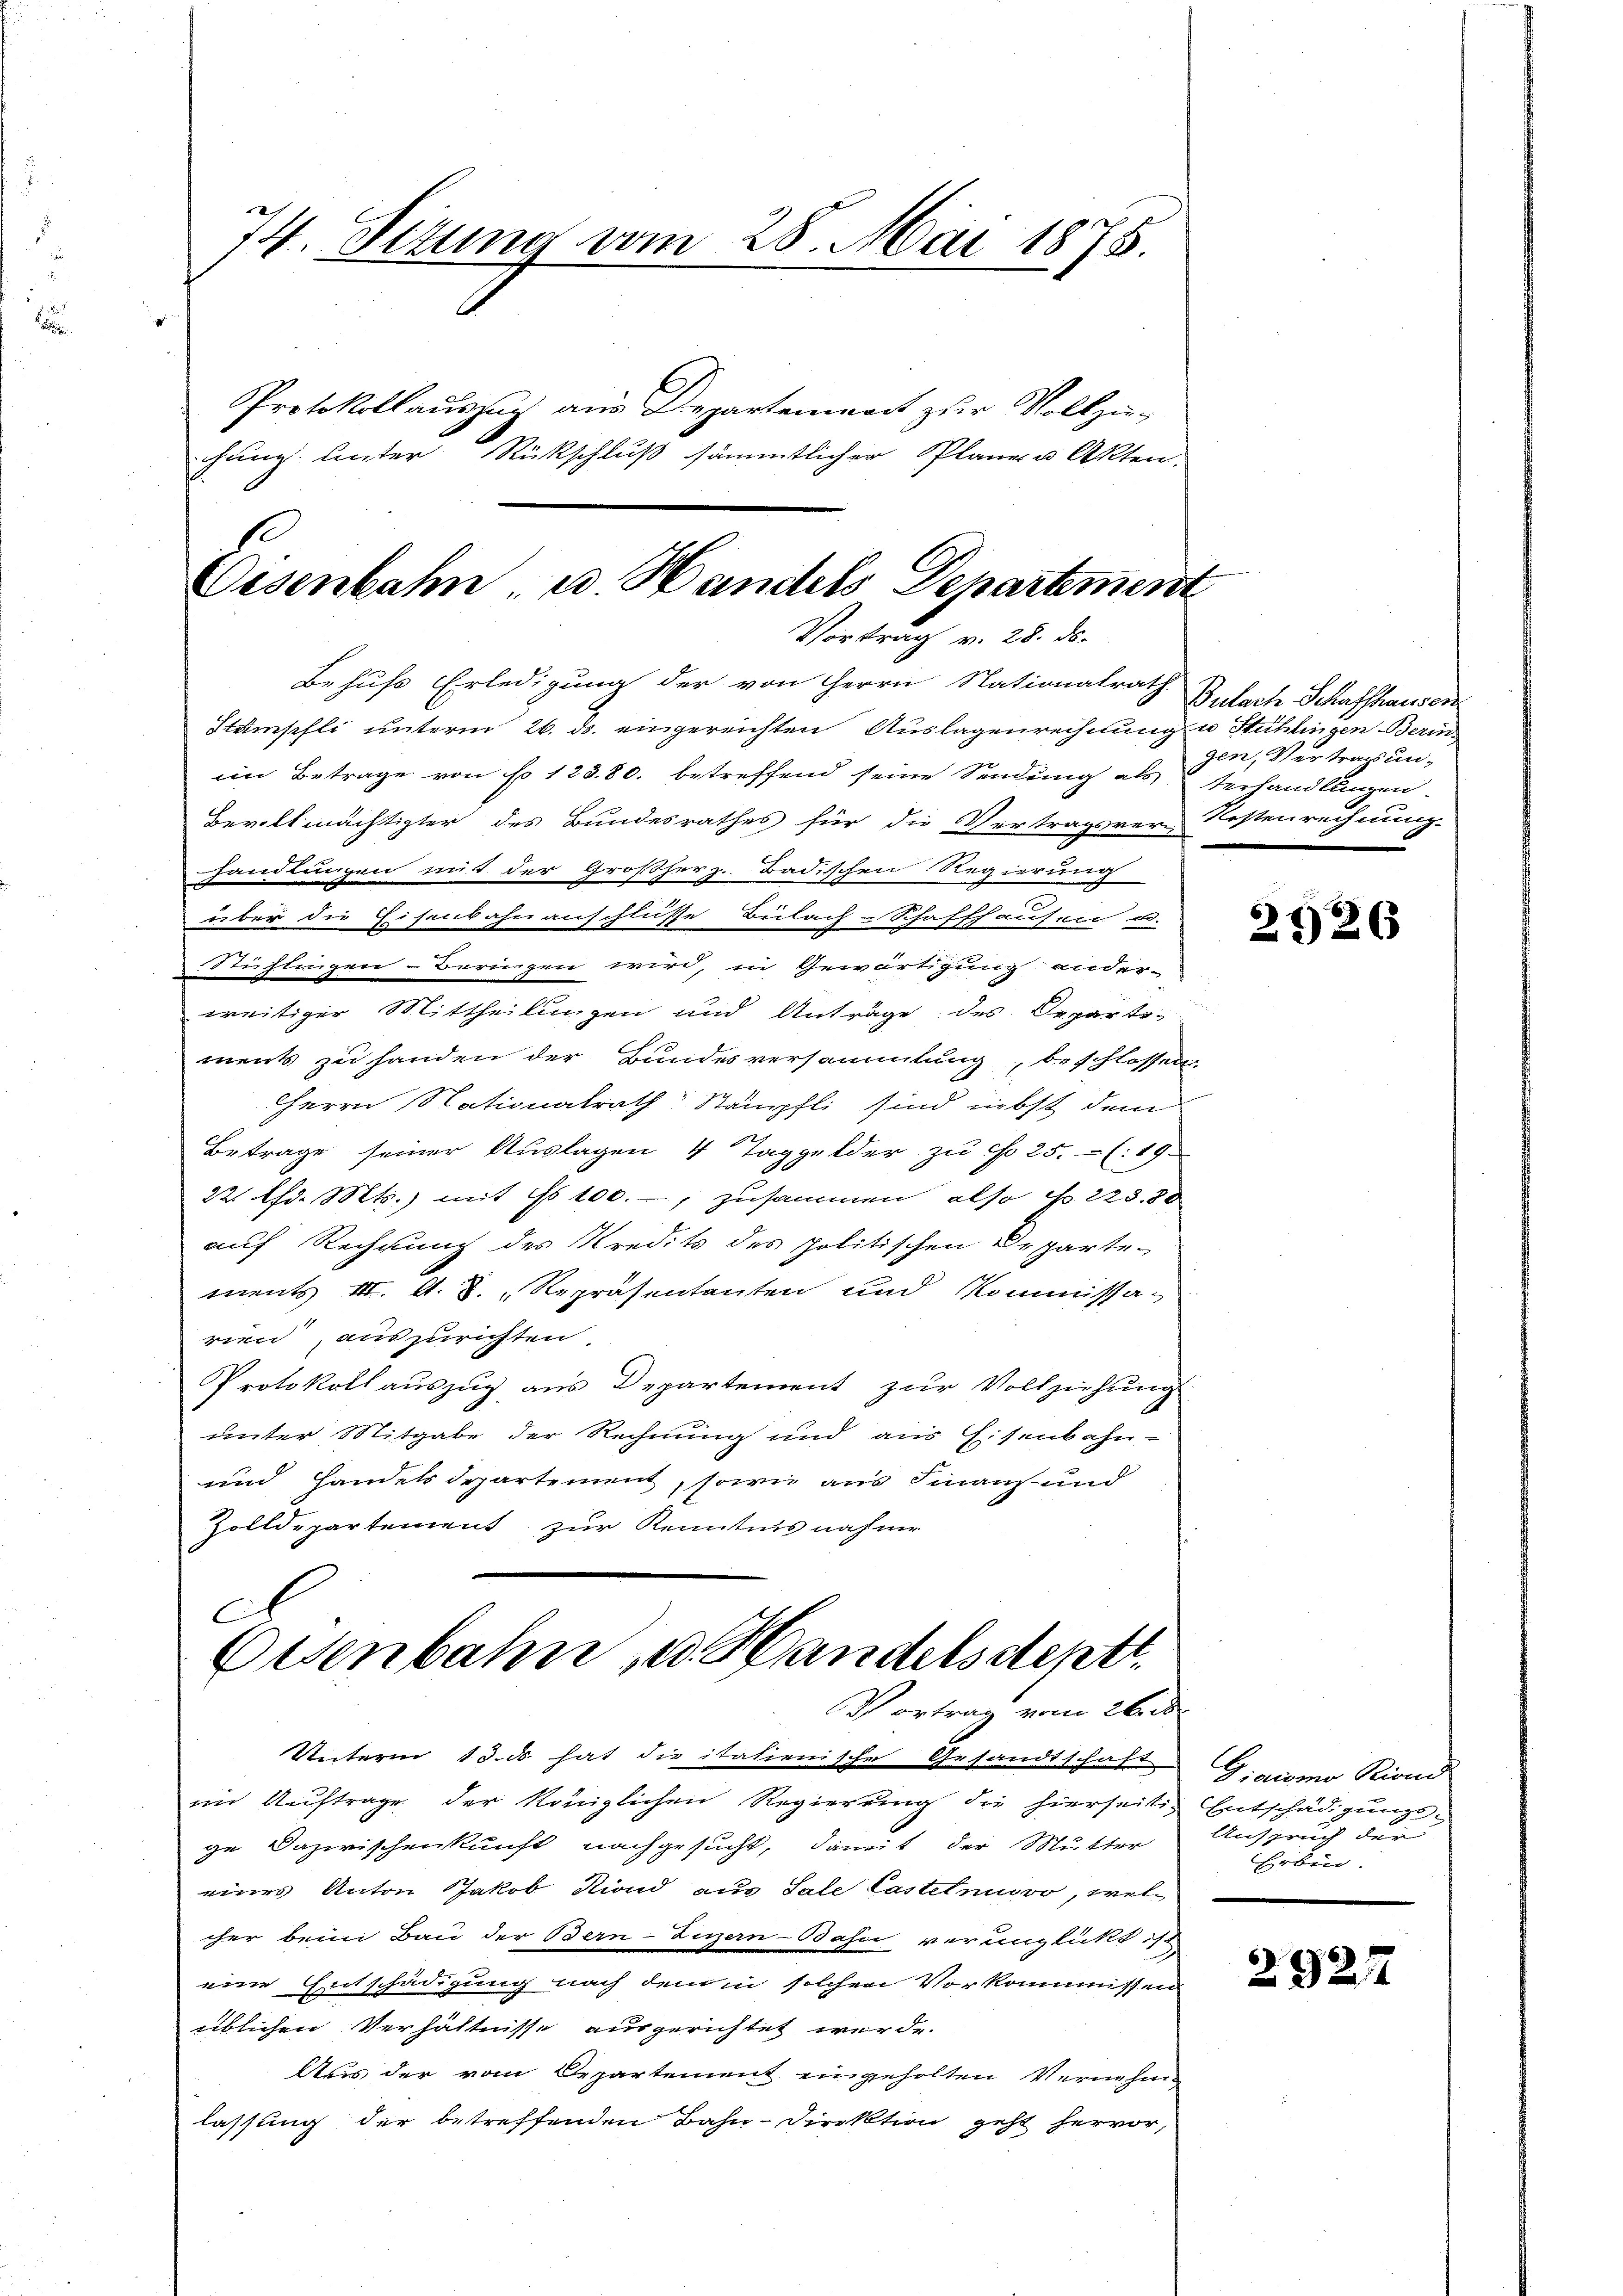
74. Situng vom 28. Mai 1875.
Protokollauszug aus Departement zur Vollziechung unter Rückschluß sämmtlicher Plane u Akten

.
Eisenbahn u. Handels Departement
Vortrag v. 28. ds.
Behufs Erledigung der von Herrn Nationalrath
Stämpfli unterm 26. ds. eingereichten Auslagenrechnung u Stühlingen Berin¬

iin Betrage von No 12380. betreffend seine Sendung als Verhandlungen
Bevollmächtigter des Bundesrathes für die Vertragsver-Kostenrechnung
handlungen mit der Großherz. Badischen Regierung
über die Eisenbahnanschlüsse Bülach-Schaffhausen u.
Stühlingen-Beringen wird, in Gewärtigung anderweitiger Mittheilungen und Anträge des Departements zu handen der Bundesversammlung beschlossen
Herrn Nationalrath Stämpfli sind nebst dem
Betrage seiner Auslagen 4 Taggelder zu cfo 25. (: 19.
22. Chd. Mts. mit ds 100., zusammen also No 223,80
auf Rechnung des Kredits des politischen Departe-
ments III. A. S. Repräsentanten und Kommissarien, auszurichten.
Protokoll auszug aus Departement zŭr Vollziehung
unter Mitgabe der Rechnung und aus Eisenbahn-
und Handelsdepartement, sowie aus Finanz und
Zolldepartement zur Kenntnis nahme

A
Eisenbahn, u. Handelsdeptt.
Vortrag vom 26. d

Bulach Schaffhausen
gen, Vertrags un¬
6

Unterm 13. d. hat die italienische Gesandtschaft
im Auftrage der königlichen Regierung die hierseite Entschädigungsge Dazwischenkunft nachgesucht, damit der Mutter
eines Anton Jakob Niond aus Sale Castetnuovo, welcher beim Bau der Bern-Zuzern-Bahn verunglickt ist
eine Entschädigung nach dem in solchen Vorkommissen
üblichen Verhältnisse ausgerichtet werde.
Aus der vom Departement eingeholten Vernehm
lassung der betreffenden Bahn-Direktion geht hervor,

2126

Giaimo Kind
Anspruch der
Erben.

292